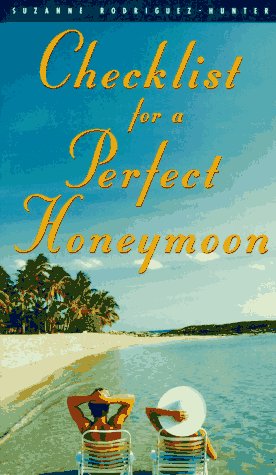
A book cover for Checklist for a Perfect Honeymoon; Suzanne Rodriguez-Hunter; Crafts, Hobbies & Home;